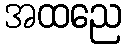
အထညေ